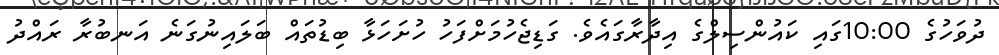
ދުވަހުގެ 10:00ގައި ކައުންސިލްގެ އިދާރާގައެވެ. ގަޑިޖެހުމަށްފަހު ހުށަހަޅާ ބިޑުތައް ބަލައިނުގަނެ އަނބުރާ ރައްދު